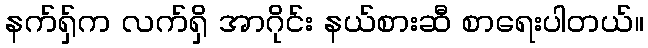
နက်ရှ်က လက်ရှိ အာဂိုင်း နယ်စားဆီ စာရေးပါတယ်။